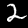
Label: 2